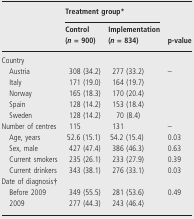
<table><thead><tr><td rowspan="3">[EMPTY_CELL]</td><td colspan="2"><b>Treatment group*</b></td><td>[EMPTY_CELL]</td></tr><tr><td><b>Control (<i>n</i> = 900)</b></td><td><b>Implementation (<i>n</i> = 834)</b></td><td><b>p-value</b></td></tr></thead><tbody><tr><td colspan="4">Country</td></tr><tr><td> Austria</td><td>308 (34.2)</td><td>277 (33.2)</td><td rowspan="5">–</td></tr><tr><td> Italy</td><td>171 (19.0)</td><td>164 (19.7)</td></tr><tr><td> Norway</td><td>165 (18.3)</td><td>170 (20.4)</td></tr><tr><td> Spain</td><td>128 (14.2)</td><td>153 (18.4)</td></tr><tr><td> Sweden</td><td>128 (14.2)</td><td> 70 (8.4)</td></tr><tr><td>Number of centres</td><td>115</td><td>131</td><td>–</td></tr><tr><td> Age, years</td><td>52.6 (15.1)</td><td>54.2 (15.4)</td><td>0.03</td></tr><tr><td> Sex, male</td><td>427 (47.4)</td><td>386 (46.3)</td><td>0.63</td></tr><tr><td> Current smokers</td><td>235 (26.1)</td><td>233 (27.9)</td><td>0.39</td></tr><tr><td> Current drinkers</td><td>343 (38.1)</td><td>276 (33.1)</td><td>0.03</td></tr><tr><td colspan="4">Date of diagnosis†</td></tr><tr><td> Before 2009</td><td>349 (55.5)</td><td>281 (53.6)</td><td rowspan="2">0.49</td></tr><tr><td> 2009</td><td>277 (44.3)</td><td>243 (46.4)</td></tr></tbody></table>